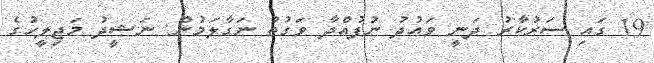
19 ގައި ސަރުކާރު ދަނީ ވައުދު ނުފުއްދާ ވަގުތު ނަގާލަމުން: ނަޝީދު މަޖިލީހުގެ